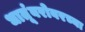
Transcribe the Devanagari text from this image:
धातूंबरोबरच्या